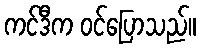
ကင်ဒီက ဝင်ပြောသည်။